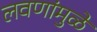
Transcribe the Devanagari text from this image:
लवणांमुळे